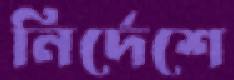
নির্দেশে